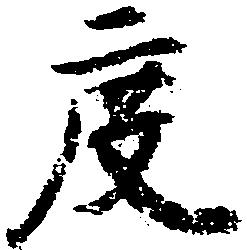
度